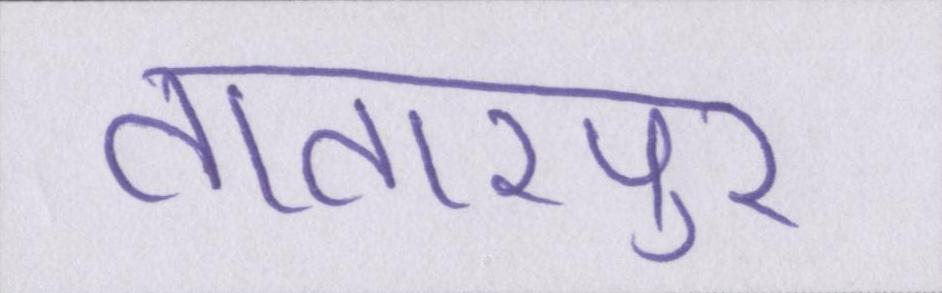
तातारपुर